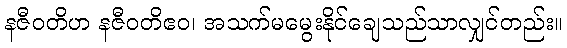
နဇီဝတိဟ နဇီဝတိဧဝ၊ အသက်မမွေးနိုင်ချေသည်သာလျှင်တည်း။